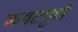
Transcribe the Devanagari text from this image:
कपटपुर्ण